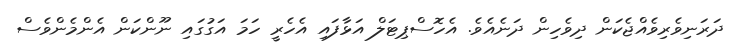
ދަރަނިވެރިވެއްޖެކަން ދިވެހިން ދަނެއެވެ. އެހޮސްޕިޓަލް އަޅާފައި އެހެރީ ހަމަ އަގުގައި ނޫންކަން އެންމެންވެސް